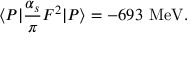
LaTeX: \langle P | { \frac { \alpha _ { s } } { \pi } } F ^ { 2 } | P \rangle = - 6 9 3 \ \mathrm { M e V } .